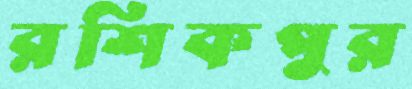
রশিকপুর